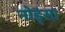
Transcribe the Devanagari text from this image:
नोड्स।